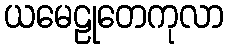
ယမေဠုတေကုလာ